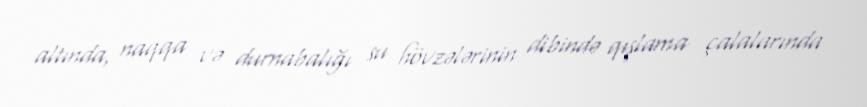
altında, naqqa və durnabalığı su hövzələrinin dibində qışlama çalalarında